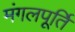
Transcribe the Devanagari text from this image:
मंगलपूर्ति